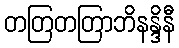
တတြတတြာဘိနန္ဒိနီ